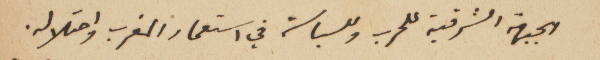
الجبهة الشرقية للحرب وللسياسة في استعمار المغرب واحتلاله.